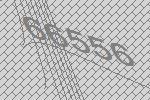
66556